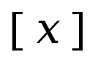
[ \, x \, ]